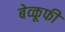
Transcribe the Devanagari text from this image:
बेव्कूफी